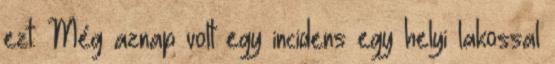
ezt. Még aznap volt egy incidens egy helyi lakossal